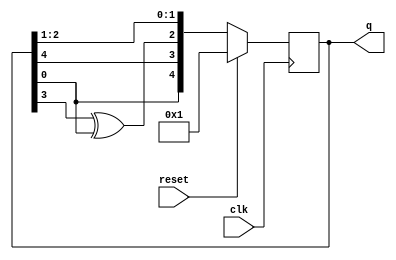
module top_module(
    input clk,
    input reset,    // Active-high synchronous reset to 5'h1
    output reg [4:0] q
); 
    always @(posedge clk) begin
        if(reset)
            q <= 5'h1;
        else
            q <= {q[0], q[4], q[3]^q[0], q[2:1]};
    end
endmodule